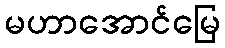
မဟာအောင်မြေ